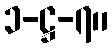
၁-ဋ္ဌ-၇။